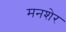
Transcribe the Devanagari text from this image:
मनशेर